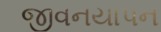
જીવનયાપન